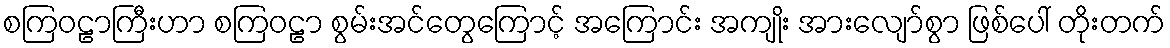
စကြဝဠာကြီးဟာ စကြဝဠာ စွမ်းအင်တွေကြောင့် အကြောင်း အကျိုး အားလျော်စွာ ဖြစ်ပေါ် တိုးတက်